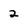
Character: 2